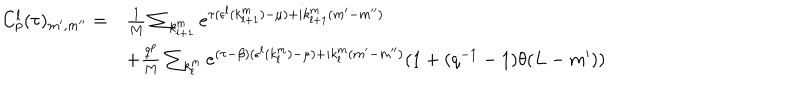
\begin{array} { l l } { { C _ { p } ^ { l } ( \tau ) _ { m ^ { \prime } , m ^ { \prime \prime } } = } } & { { \frac { 1 } { M } \sum _ { k _ { l + 1 } ^ { m } } e ^ { \tau ( \epsilon ^ { l } ( k _ { l + 1 } ^ { m } ) - \mu ) + i k _ { l + 1 } ^ { m } ( m ^ { \prime } - m ^ { \prime \prime } ) } } } \\ { { } } & { { + \frac { q ^ { p } } { M } \sum _ { k _ { l } ^ { m } } e ^ { ( \tau - \beta ) ( \epsilon ^ { l } ( k _ { l } ^ { m } ) - \mu ) + i k _ { l } ^ { m } ( m ^ { \prime } - m ^ { \prime \prime } ) } ( 1 + ( q ^ { - 1 } - 1 ) \theta ( L - m ^ { \prime } ) ) } } \\ \end{array}